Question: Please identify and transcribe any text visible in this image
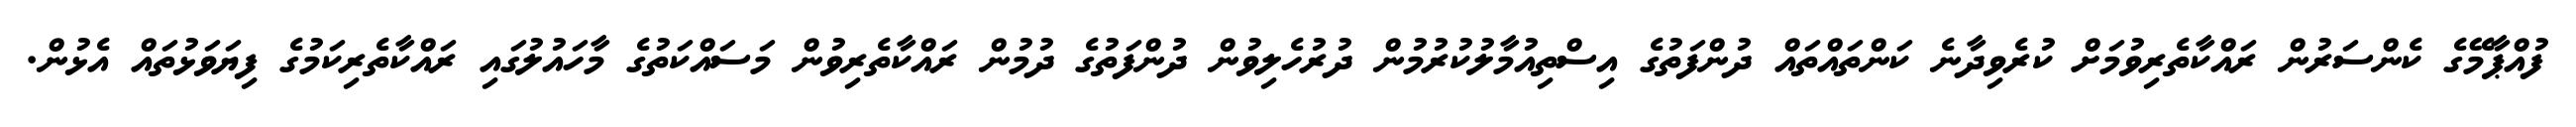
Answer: ފުއްޕާމޭގެ ކެންސަރުން ރައްކާތެރިވުމަށް ކުރެވިދާނެ ކަންތައްތައް ދުންފަތުގެ އިސްތިއުމާލުކުރުމުން ދުރުހެލިވުން ދުންފަތުގެ ދުމުން ރައްކާތެރިވުން މަސައްކަތުގެ މާހައުލުގައި ރައްކާތެރިކަމުގެ ފިޔަވަޅުތައް އެޅުން.